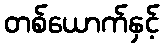
တစ်ယောက်နှင့်